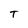
Character: T